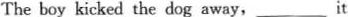
The boy kicked the dog away,___it